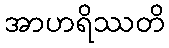
အာဟရိဿတိ